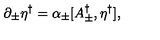
\partial _ { \pm } \eta ^ { \dagger } = \alpha _ { \pm } [ A _ { \pm } ^ { \dagger } , \eta ^ { \dagger } ] ,